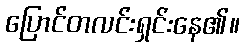
ပြောင်တလင်းရှင်းနေ၏။